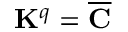
\mathbf { K } ^ { q } = \overline { { \mathbf { C } } }